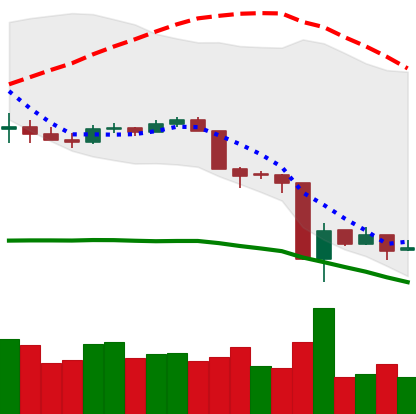
Ticker: LTC-USD
Chart end date: 2020-03-17
Forward return: 6.15%
Label: up_5_7